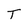
Character: T